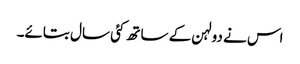
اس نے دولہن کے ساتھ کئی سال بتائے۔